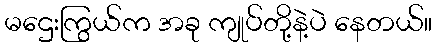
မဌေးကြွယ်က အခု ကျုပ်တို့နဲ့ပဲ နေတယ်။